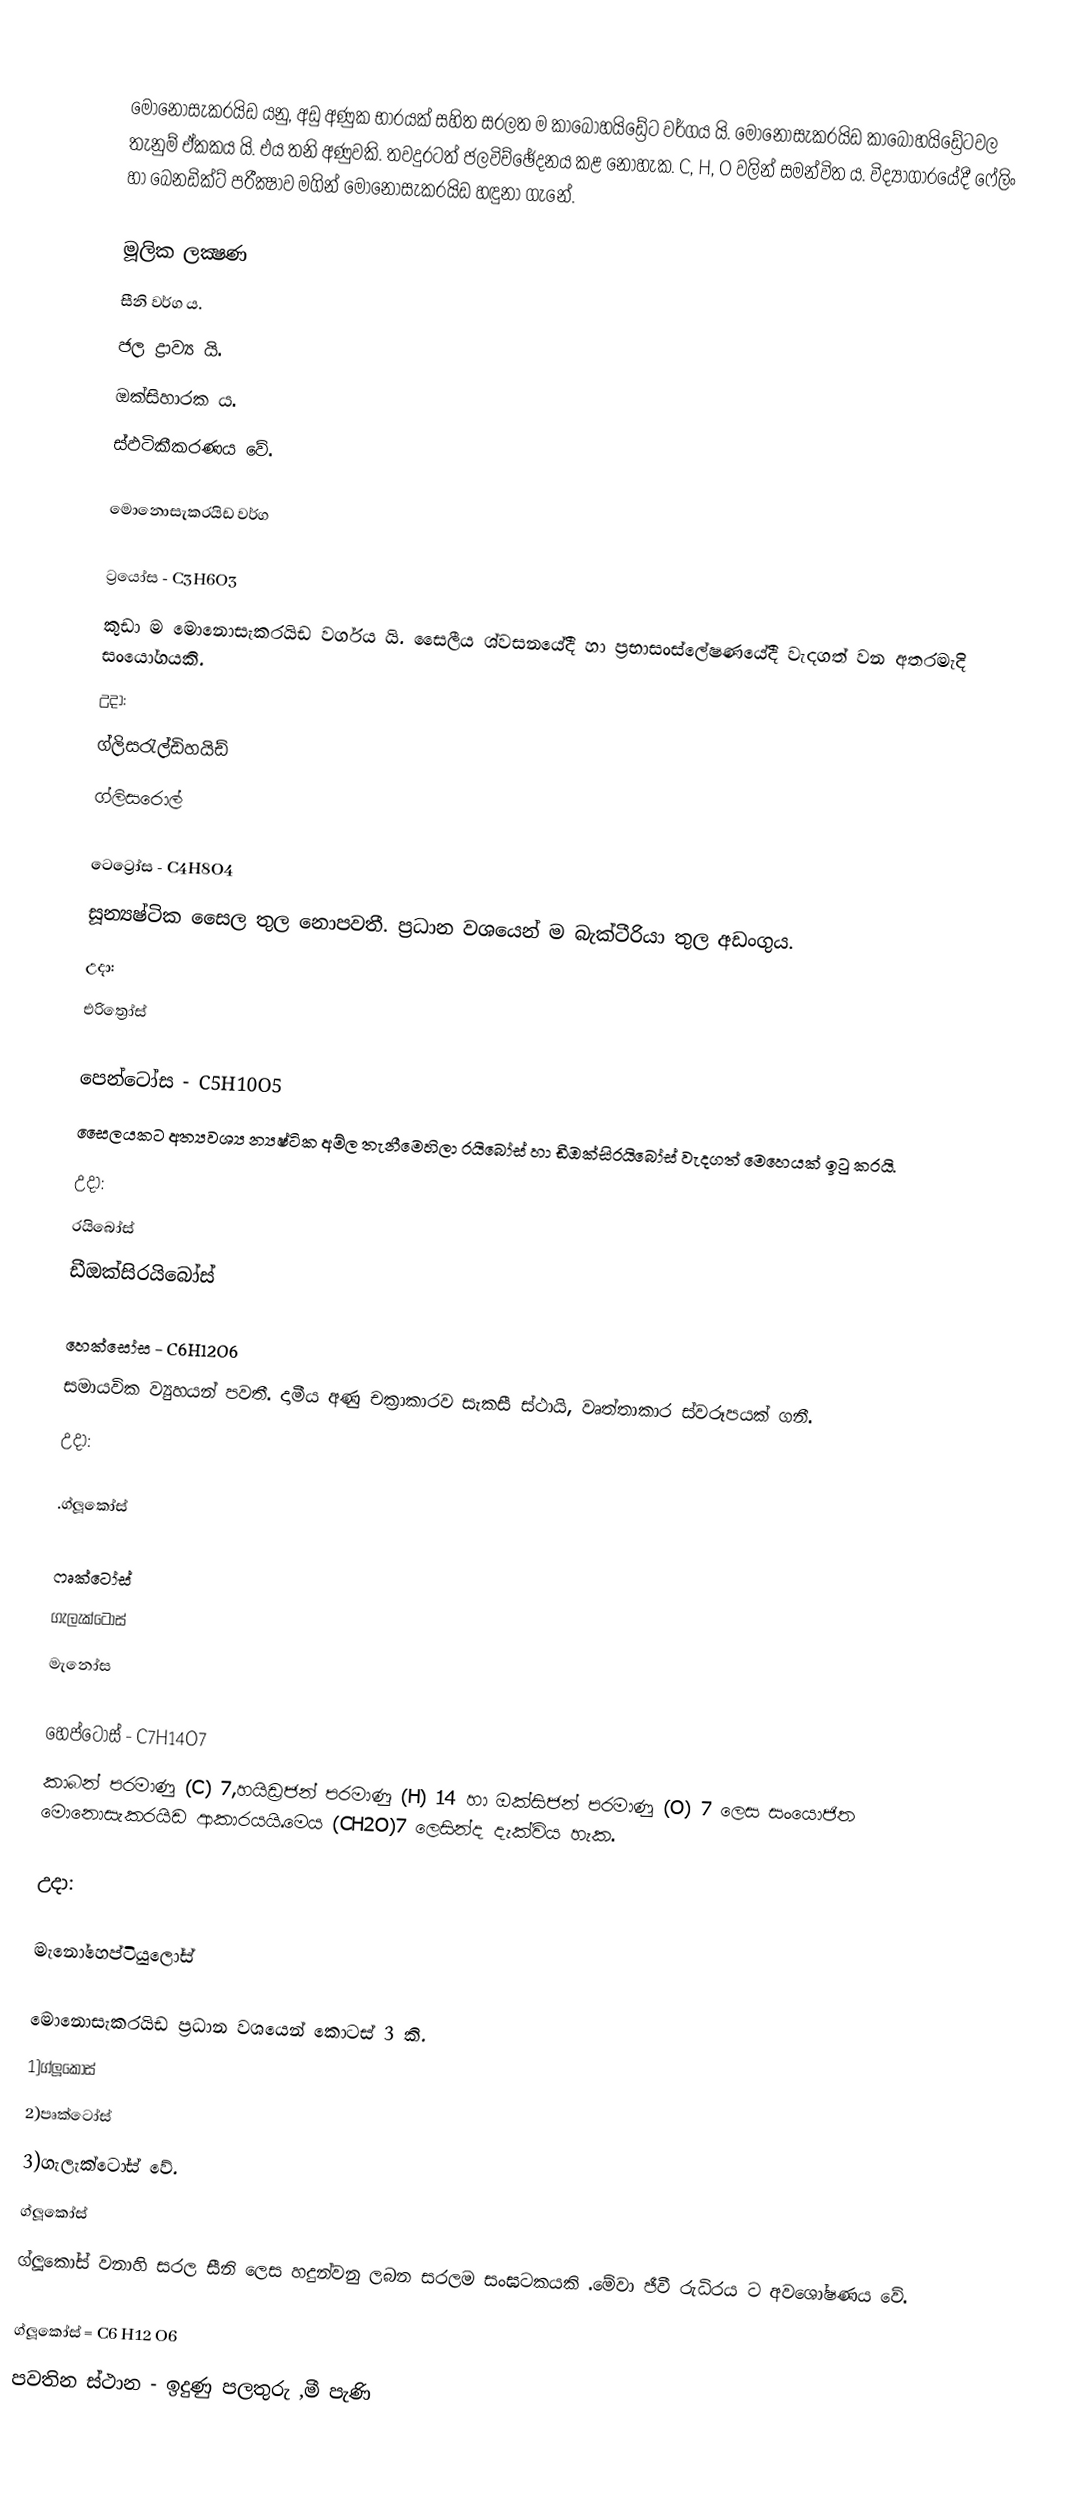

මොනොසැකරයිඩ යනු, අඩු අණුක භාරයක් සහිත සරලත ම කාබෝහයිඩ්‍රේට වර්ගය යි. මොනොසැකරයිඩ කාබෝහයිඩ්‍රේටවල තැනුම් ඒකකය යි. එය තනි අණුවකි. තවදුරටත් ජලවිච්ඡේදනය කළ නොහැක. C, H, O වලින් සමන්විත ය. විද්‍යාගාරයේදී ෆේලිං හා බෙනඩික්ට් පරීක්‍ෂාව මගින් මොනොසැකරයිඩ හඳුනා ගැනේ.

මූලික ලක්‍ෂණ
 සීනි වර්ග ය.
 ජල ද්‍රාව්‍ය යි.
 ඔක්සිහාරක ය.
 ස‍්ඵටිකීකරණය වේ.

මොනොසැකරයිඩ වර්ග

ට්‍රයෝස - C3H6O3
කුඩා ම මොනොසැකරයිඩ වර්ගය යි. සෛලීය ශ්වසනයේදී හා ප්‍රභාසංස්ලේෂණයේදී වැදගත් වන අතරමැදි සංයෝගයකි.
උදා:
 ග්ලිසරැල්ඩිහයිඩ්
 ග්ලිසරොල්

ටෙට්‍රෝස - C4H8O4
සූන්‍යෂ්ටික සෛල තුල නොපවතී. ප්‍රධාන වශයෙන් ම බැක්ටීරියා තුල අඩංගුය.
උදා:
 එරිත්‍රෝස්

පෙන්ටෝස - C5H10O5
සෛලයකට අත්‍යවශ්‍ය න්‍යෂ්ටික අම්ල තැනීමෙහිලා රයිබෝස් හා ඩීඔක්සිරයිබෝස් වැදගත් මෙහෙයක් ඉටු කරයි.
උදා:
 රයිබෝස්
 ඩීඔක්සිරයිබෝස්

හෙක්සෝස - C6H12O6
සමායවික ව්‍යුහයන් පවතී. දාමීය අණු චක්‍රාකාරව සැකසී ස්ථායි, වෘත්තාකාර ස‍්වරූපයක් ගනී.
උදා:

.ග්ලූකෝස්

ෆෘක්ටෝස්
ගැලැක්ටෝස්
මැනෝස

හෙප්ටෝස් - C7H14O7
කාබන් පරමාණු (C) 7,හයිඩ්‍රජන් පරමාණු (H) 14 හා ඔක්සිජන් පරමාණු (O) 7 ලෙස සංයොජිත මොනොසැකරයිඩ ආකාරයයි.මෙය (CH2O)7 ලෙසින්ද දැක්‌විය හැක.

උදා:

මැනෝහෙප්ටියුලෝස්

මොනොසැකරයිඩ ප්‍රධාන වශයෙන් කොටස් 3 කි.
1)ග්ලූකෝස්
2)පෘක්ටෝස්
3)ගැලැක්ටෝස්  වේ.
            ග්ලූකෝස්
ග්ලූකෝස් වනාහි සරල සීනි ලෙස හදුන්වනු ලබන සරලම සංඝටකයකි .මේවා ජීවී රුධිරය ට අවශෝෂණය වේ.

ග්ලූකෝස් = C6 H12 O6
පවතින ස්ථාන - ඉදුණු පලතුරු ,මී පැණි